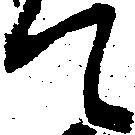
て